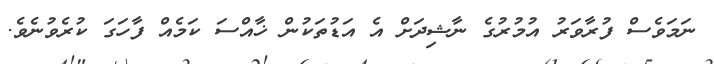
ނަމަވެސް ފުރާވަރު އުމުރުގެ ނާޝިދަށް އެ އަޑުތަކުން ޚާއްސަ ކަމެއް ފާހަގަ ކުރެވުނެވެ.